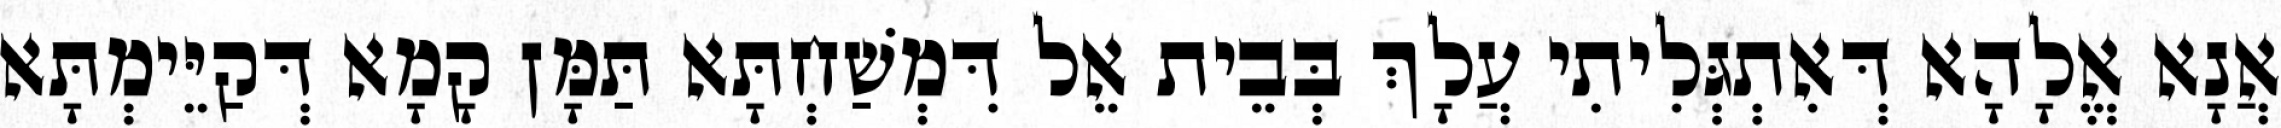
אֲנָא אֱלָהָא דְּאִתְגְּלִיתִי עֲלָךְ בְּבֵית אֵל דִּמְשַׁחְתָּא תַּמָּן קָמָא דְּקַיֵּימְתָּא